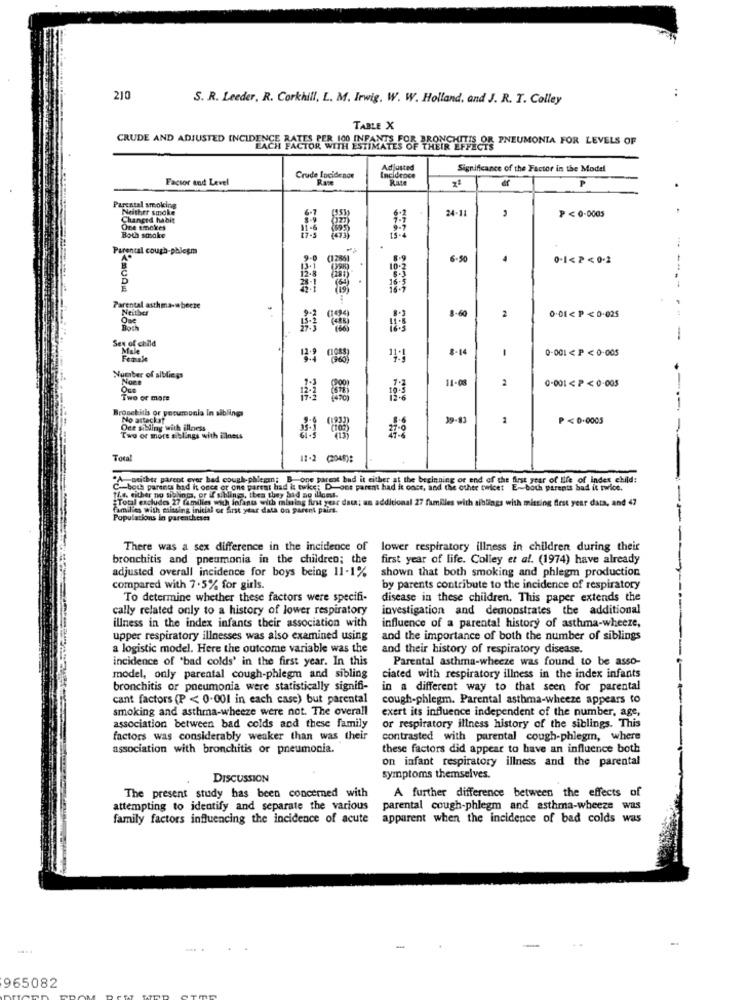
..
210
S. R. Leeder, R. Corkhill, L. M. Irwig. W. W. Holland, and J. R. T. Colley
TABLE X
CRUDE AND ADJUSTED INCIDENCE RATES PER 100 INFANTES FOR BRONCHITIS OF PNEUMONIA FOR LEVELS OF
Adjusted
Significance of the Factor in the Model
Factor and Level
Crude Incidence
Incidence
Rate
P
.
Parental smoking
Neither smoke
24-11
P<0-0005
Changed habit
One smokes
Both smoke
Parental cough-phlegm
.9-1
(1286]
6-50
0-1<P<0-2
----
Parental asthma-wheeze
Neither
8.60
2
0.01< P < 0-025
Sex of child
--
Male
8-14
0-001< P< 0.005
Female
Number of siblings
Noce
2
0-001< P<0-005
11-08
Two or more
Bronchitis or yocumonla In siblings
Mo astackat
39-13
1
P <0.0005
Oce sibling with illness
-
Two or more siblings with Elnets
Total
11-2 (2048):
"A-aeither parent ever had cough-phlegm; B. one parent bad it either at the beginning or end of the first year of life of Index child:
C. both parents had it once or one parent had it twie; D-oot parent had it once, and the other twicet E-both parents bad it twice.
Ti.s. either no sighints, or if sibling, thea they bid ao illont.
"Total excludes 27 families wich infants with mining first year data: an additional 27 familles with siblings with missing first year data, and 47
families with missing inicial or first year data on Parent pairs.
Populations in parentheses
There was a sex difference in the incidence of
lower respiratory illness in children during their
bronchitis and pneumonia in the children; the
first year of life. Colley et al. (1974) have already
adjusted overall incidence for boys being 11-1%
shown that both smoking and phlegm production
compared with 7.5% for girls.
by parents contribute to the incidence of respiratory
To determine whether these factors were specifi-
disease in these children. This paper extends the
cally related only to a history of lower respiratory
investigation and demonstrates the additional
illness in the index infants their association with
influence of a parental history of asthma-wheeze,
upper respiratory illnesses was also examined using
and the importance of both the number of siblings
a logistic model. Here the outcome variable was the
and their history of respiratory disease.
incidence of 'bad colds' in the first year. In this
Parental asthma-wheeze was found to be asso-
model, only parental cough-phlegm and sibling
ciated with respiratory illness in the index infants
bronchitis or pneumonia were statistically signifi-
in a different way to that seen for parental
cant factors (P < 0.001 in each case) but parental
cough-phlegm. Parental asthma-wheeze appears to
-
smoking and asthma-wheeze were not. The overall
exert its influence independent of the number, age,
association between bad colds and these family
or respiratory illness history of the siblings. This
factors was considerably weaker than was their
contrasted with parental cough-phlegm, where
association with bronchitis or pneumonia.
these factors did appear to have an influence both
on infant respiratory illness and the parental
DISCUSSION
symptoms themselves.
The present study has been concerned with
A further difference between the effects of
attempting to identify and separate the various
parental cough-phlegm and asthma-wheeze was
family factors influencing the incidence of acute
apparent when the incidence of bad colds was
965082